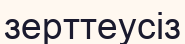
зерттеусіз